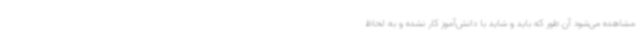
مشاهده می‌شود آن طور که باید و شاید با دانش‌آموز کار نشده و به لحاظ